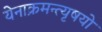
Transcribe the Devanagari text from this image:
येनाक्रमन्त्यृषयो